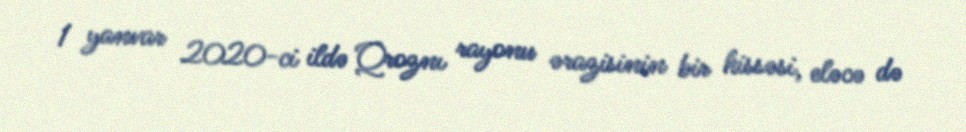
1 yanvar 2020-ci ildə Qroznı rayonu ərazisinin bir hissəsi, eləcə də